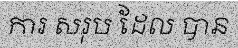
ការ សរុប ដែល បាន